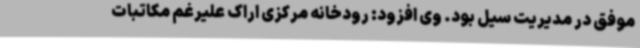
موفق در مدیریت سیل بود. وی افزود: رودخانه مرکزی اراک علیرغم مکاتبات